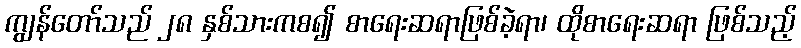
ကျွန်တော်သည် ၂၈ နှစ်သားကစ၍ စာရေးဆရာဖြစ်ခဲ့ရာ၊ ထိုစာရေးဆရာ ဖြစ်သည့်